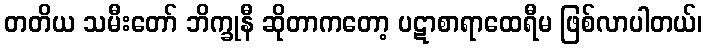
တတိယ သမီးတော် ဘိက္ခုနီ ဆိုတာကတော့ ပဋာစာရာထေရီမ ဖြစ်လာပါတယ်၊